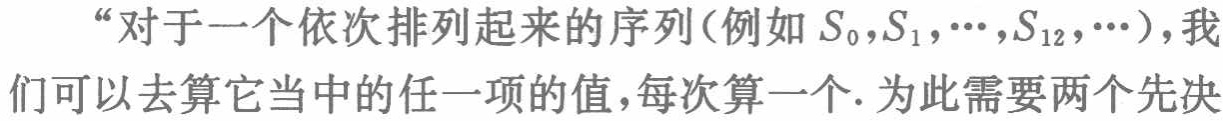
“对于一个依次排列起来的序列(例如 \(S_{0},S_{1},\cdots,S_{12},\cdots\))，我们可以去算它当中的任一项的值，每次算一个. 为此需要两个先决